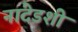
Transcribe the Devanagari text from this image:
नांदेडशी